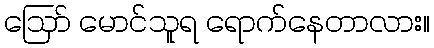
ဪ မောင်သူရ ရောက်နေတာလား။